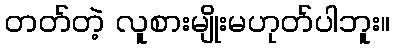
တတ်တဲ့ လူစားမျိုးမဟုတ်ပါဘူး။